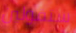
ستقولين